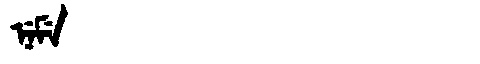
Manchu: ᠨᡝᠮᡝ
Romanization: NEME